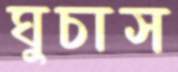
ঘুচাস